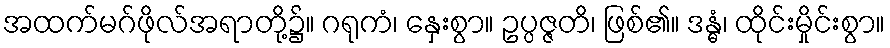
အထက်မဂ်ဖိုလ်အရာတို့၌။ ဂရုကံ၊ နှေးစွာ။ ဥပ္ပဇ္ဇတိ၊ ဖြစ်၏။ ဒန္ဓံ၊ ထိုင်းမှိုင်းစွာ။